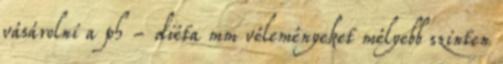
vásárolni a ph - diéta mm véleményeket mélyebb szinten